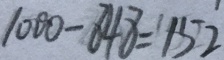
1 0 0 0 - 8 4 8 = 1 5 2